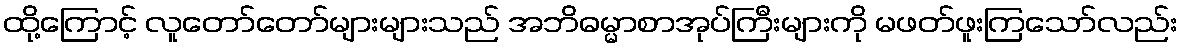
ထို့ကြောင့် လူတော်တော်များများသည် အဘိဓမ္မာစာအုပ်ကြီးများကို မဖတ်ဖူးကြသော်လည်း